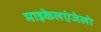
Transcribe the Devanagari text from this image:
माइकेलएंजेलो